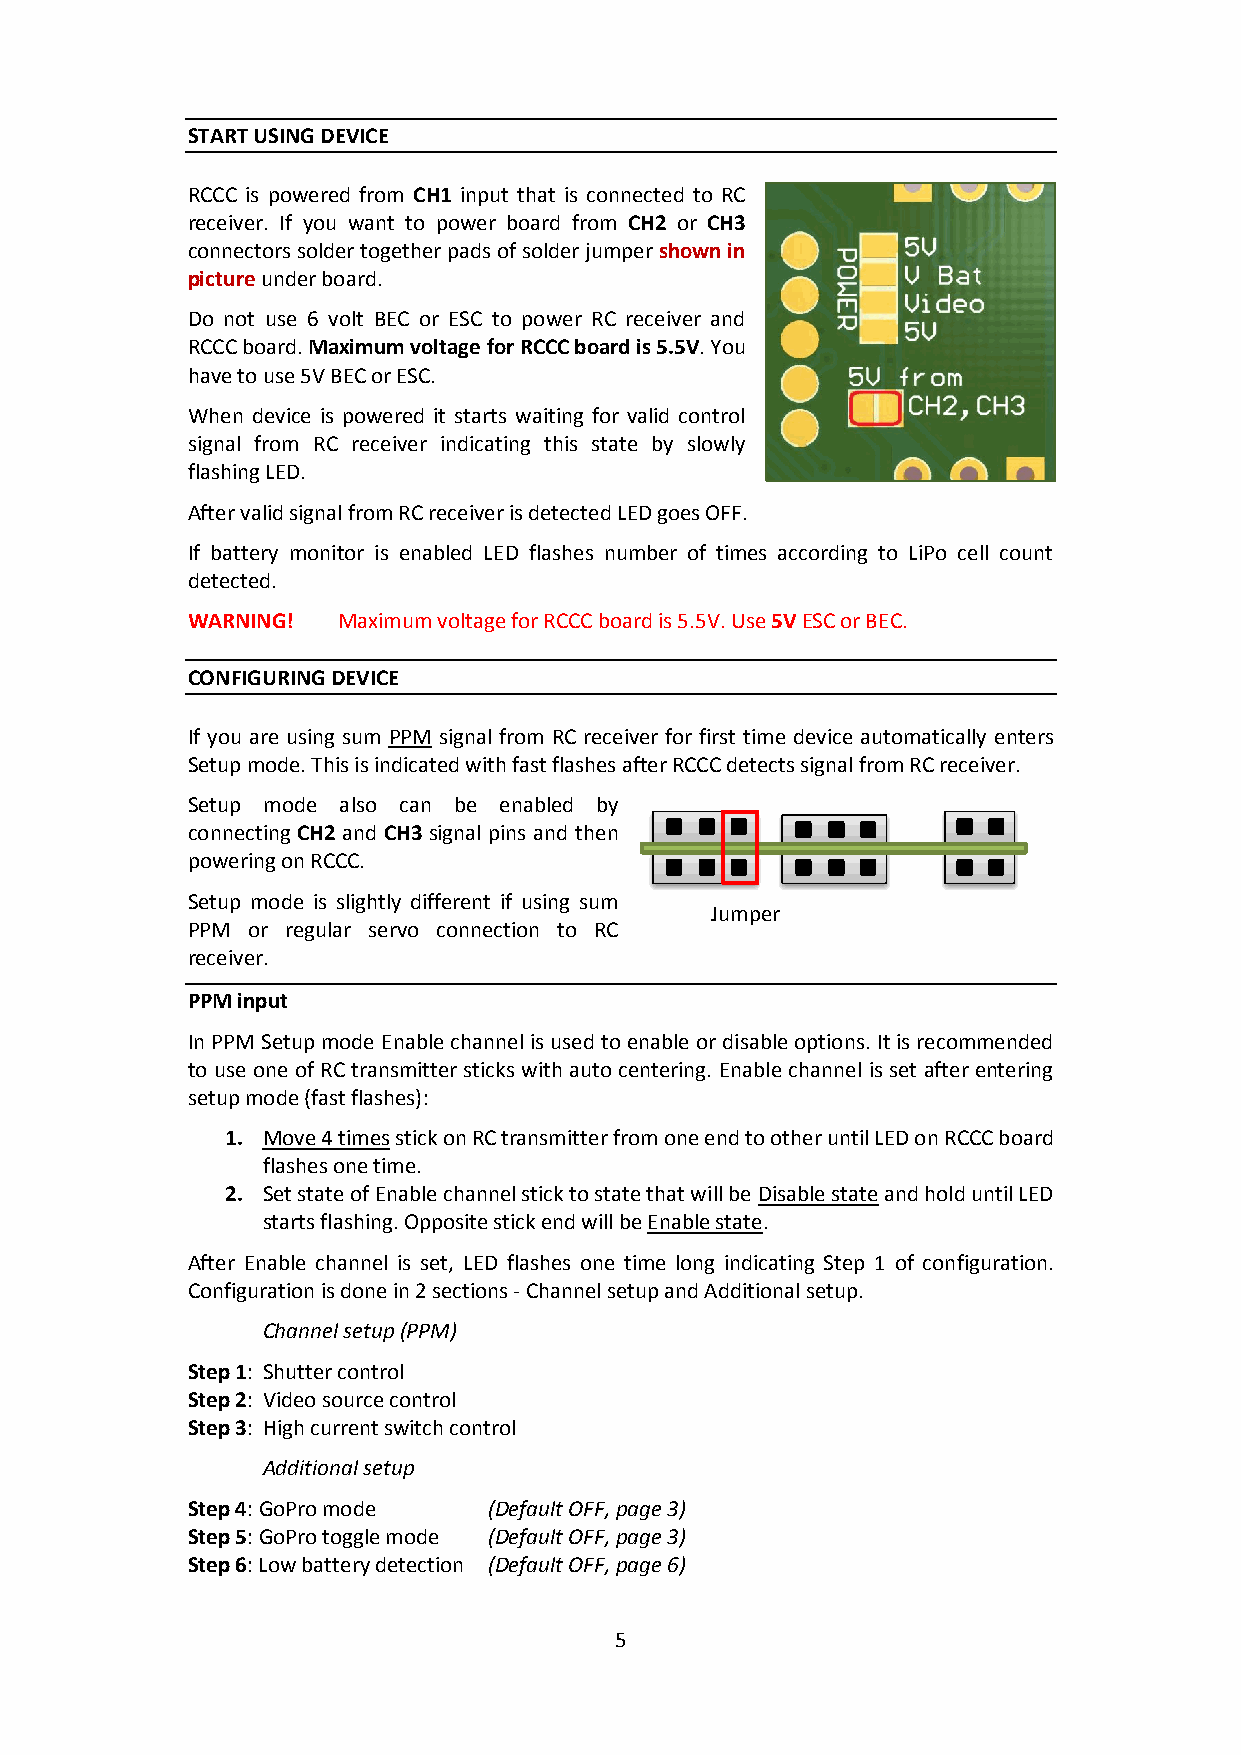
START USING DEVICE
 RCCC is powered from CH1 input that is connected to RC
 receiver. If you want to power board from CH2 or CH3
 connectors solder together pads of solder jumper shown in
 picture under board.
 Do not use 6 volt BEC or ESC to power RC receiver and
 RCCC board. Maximum voltage for RCCC board is 5.5V. You
 have to use 5V BEC or ESC.
 When device is powered it starts waiting for valid control
 signal from RC receiver indicating this state by slowly
 flashing LED.
 After valid signal from RC receiver is detected LED goes OFF.
 If battery monitor is enabled LED flashes number of times according to LiPo cell count
 detected.
 WARNING!  Maximum voltage for RCCC board is 5.5V. Use 5V ESC or BEC.
 CONFIGURING DEVICE
 If you are using sum PPM signal from RC receiver for first time device automatically enters
 Setup mode. This is indicated with fast flashes after RCCC detects signal from RC receiver.
 Setup mode also can be enabled by
 connecting CH2 and CH3 signal pins and then
 powering on RCCC.
 Setup mode is slightly different if using sum
 Jumper
 PPM or regular servo connection to RC
 receiver.
 PPM input
 In PPM Setup mode Enable channel is used to enable or disable options. It is recommended
 to use one of RC transmitter sticks with auto centering. Enable channel is set after entering
 setup mode (fast flashes):
 1. Move 4 times stick on RC transmitter from one end to other until LED on RCCC board
 flashes one time.
 2. Set state of Enable channel stick to state that will be Disable state and hold until LED
 starts flashing. Opposite stick end will be Enable state.
 After Enable channel is set, LED flashes one time long indicating Step 1 of configuration.
 Configuration is done in 2 sections - Channel setup and Additional setup.
 Channel setup (PPM)
 Step 1: Shutter control
 Step 2: Video source control
 Step 3: High current switch control
 Additional setup
 Step 4: GoPro mode  (Default OFF, page 3)
 Step 5: GoPro toggle mode (Default OFF, page 3)
 Step 6: Low battery detection (Default OFF, page 6)
 5